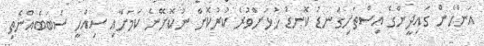
އަންހެން ގައިދީންގެ އިސްތަށިގަނޑު ކޮނޑު ހުޅަށްވުރެ ކުރުކޮށް ނުކޮށޭނެ ކަމަށާއި ސިއްހީ ސަބަބެއްނެތި